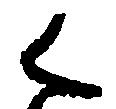
く